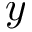
y